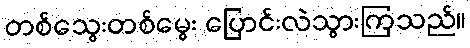
တစ်သွေးတစ်မွေး ပြောင်းလဲသွားကြသည်။